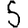
Digit: 5